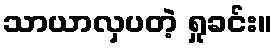
သာယာလှပတဲ့ ရှုခင်း။